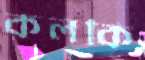
কলকি